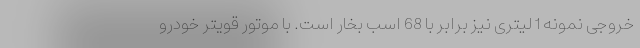
خروجی نمونه 1 لیتری نیز برابر با 68 اسب بخار است. با موتور قویتر خودرو